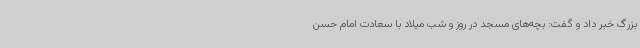
بزرگ خبر داد و گفت: بچه‌های مسجد در روز و شب میلاد با سعادت امام حسن